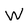
Character: W